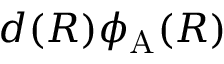
d ( R ) \phi _ { \mathrm { A } } ( R )